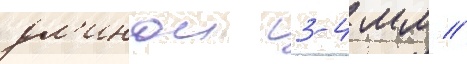
дл'инои 3-4 мм /